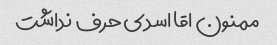
ممنون اقا اسدی حرف نداشت